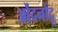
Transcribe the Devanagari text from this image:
ओंदनोंदू